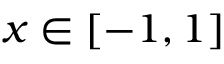
x \in [ - 1 , 1 ]